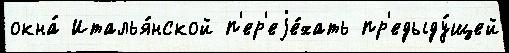
окна́ Италья́нской п'ер'еjе́хать пр'едыду́щей